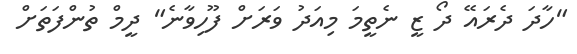
"ހާދަ ދެރައޭ ދޯ ޒީ ނެތީމަ މިއަދު ވަރަށް ފޫހިވާނެ" ދީމް ތުންފަތަށް